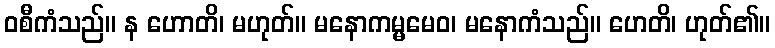
ဝစီကံသည်။ န ဟောတိ၊ မဟုတ်။ မနောကမ္မမေဝ၊ မနောကံသည်။ ဟေတိ၊ ဟုတ်၏။